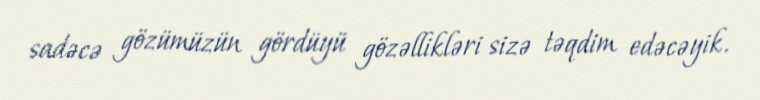
sadəcə gözümüzün gördüyü gözəllikləri sizə təqdim edəcəyik.